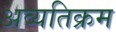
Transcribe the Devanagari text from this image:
अव्यतिक्रम